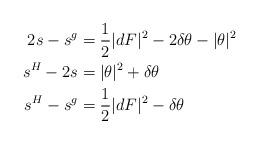
LaTeX: \begin{align*}2s - s^g &= \frac12|dF|^2 - 2\delta\theta - |\theta|^2\\ s^H - 2s &= |\theta|^2 + \delta\theta\\s^H - s^g &= \frac12|dF|^2 - \delta\theta\end{align*}